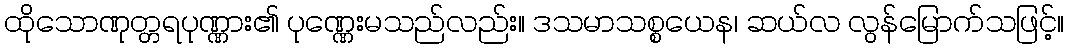
ထိုသောဏုတ္တရပုဏ္ဏား၏ ပုဏ္ဏေးမသည်လည်း။ ဒသမာသစ္စယေန၊ ဆယ်လ လွန်မြောက်သဖြင့်။